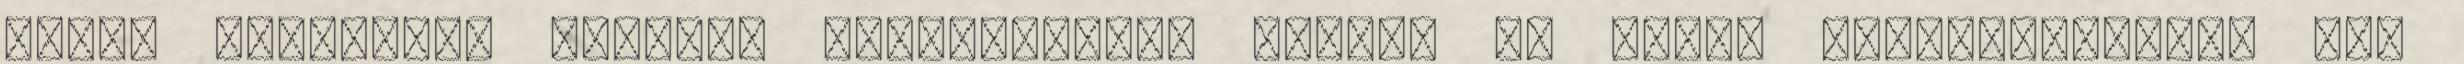
végén kirobbant európai tojásbotrány miatt, de egyes diszkontláncok már